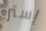
إستر